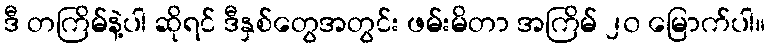
ဒီ တကြိမ်နဲ့ပါ ဆိုရင် ဒီနှစ်တွေအတွင်း ဖမ်းမိတာ အကြိမ် ၂၀ မြောက်ပါ။